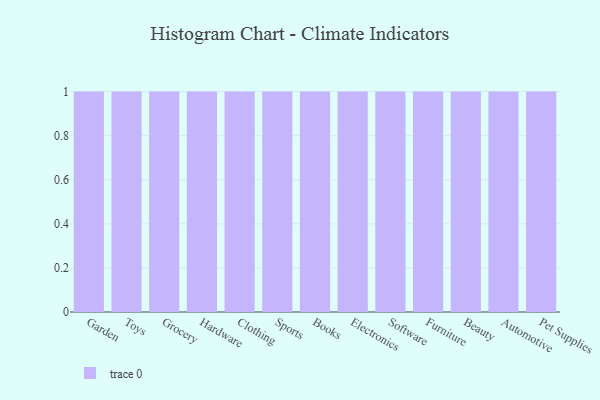
{"axis": {"x": "Category", "y": "Conversion Rate (%)"}, "legend": [""], "data": [{"x": "Garden", "y": 63, "type": ""}, {"x": "Toys", "y": 41, "type": ""}, {"x": "Grocery", "y": 9, "type": ""}, {"x": "Hardware", "y": 56, "type": ""}, {"x": "Clothing", "y": 96, "type": ""}, {"x": "Sports", "y": 52, "type": ""}, {"x": "Books", "y": 100, "type": ""}, {"x": "Electronics", "y": 37, "type": ""}, {"x": "Software", "y": 79, "type": ""}, {"x": "Furniture", "y": 27, "type": ""}, {"x": "Beauty", "y": 75, "type": ""}, {"x": "Automotive", "y": 38, "type": ""}, {"x": "Pet Supplies", "y": 25, "type": ""}]}